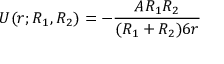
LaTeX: \ U ( r ; R _ { 1 } , R _ { 2 } ) = - { \frac { A R _ { 1 } R _ { 2 } } { ( R _ { 1 } + R _ { 2 } ) 6 r } }